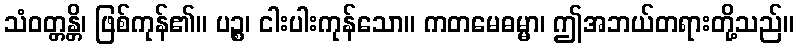
သံဝတ္တန္တိ၊ ဖြစ်ကုန်၏။ ပဉ္စ၊ ငါးပါးကုန်သော။ ကတမေဓမ္မာ၊ ဤအဘယ်တရားတို့သည်။